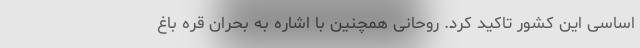
اساسی این کشور تاکید کرد. روحانی همچنین با اشاره به بحران قره باغ